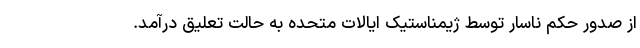
از صدور حکم ناسار توسط ژیمناستیک ایالات متحده به حالت تعلیق درآمد.